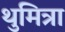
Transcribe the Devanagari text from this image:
थुमित्रा